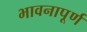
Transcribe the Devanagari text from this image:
भावनापूर्ण